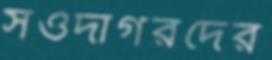
সওদাগরদের